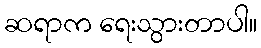
ဆရာက ရေးသွားတာပါ။